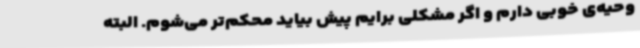
وحیه‌ی خوبی دارم و اگر مشکلی برایم پیش بیاید محکم‌تر می‌شوم. البته